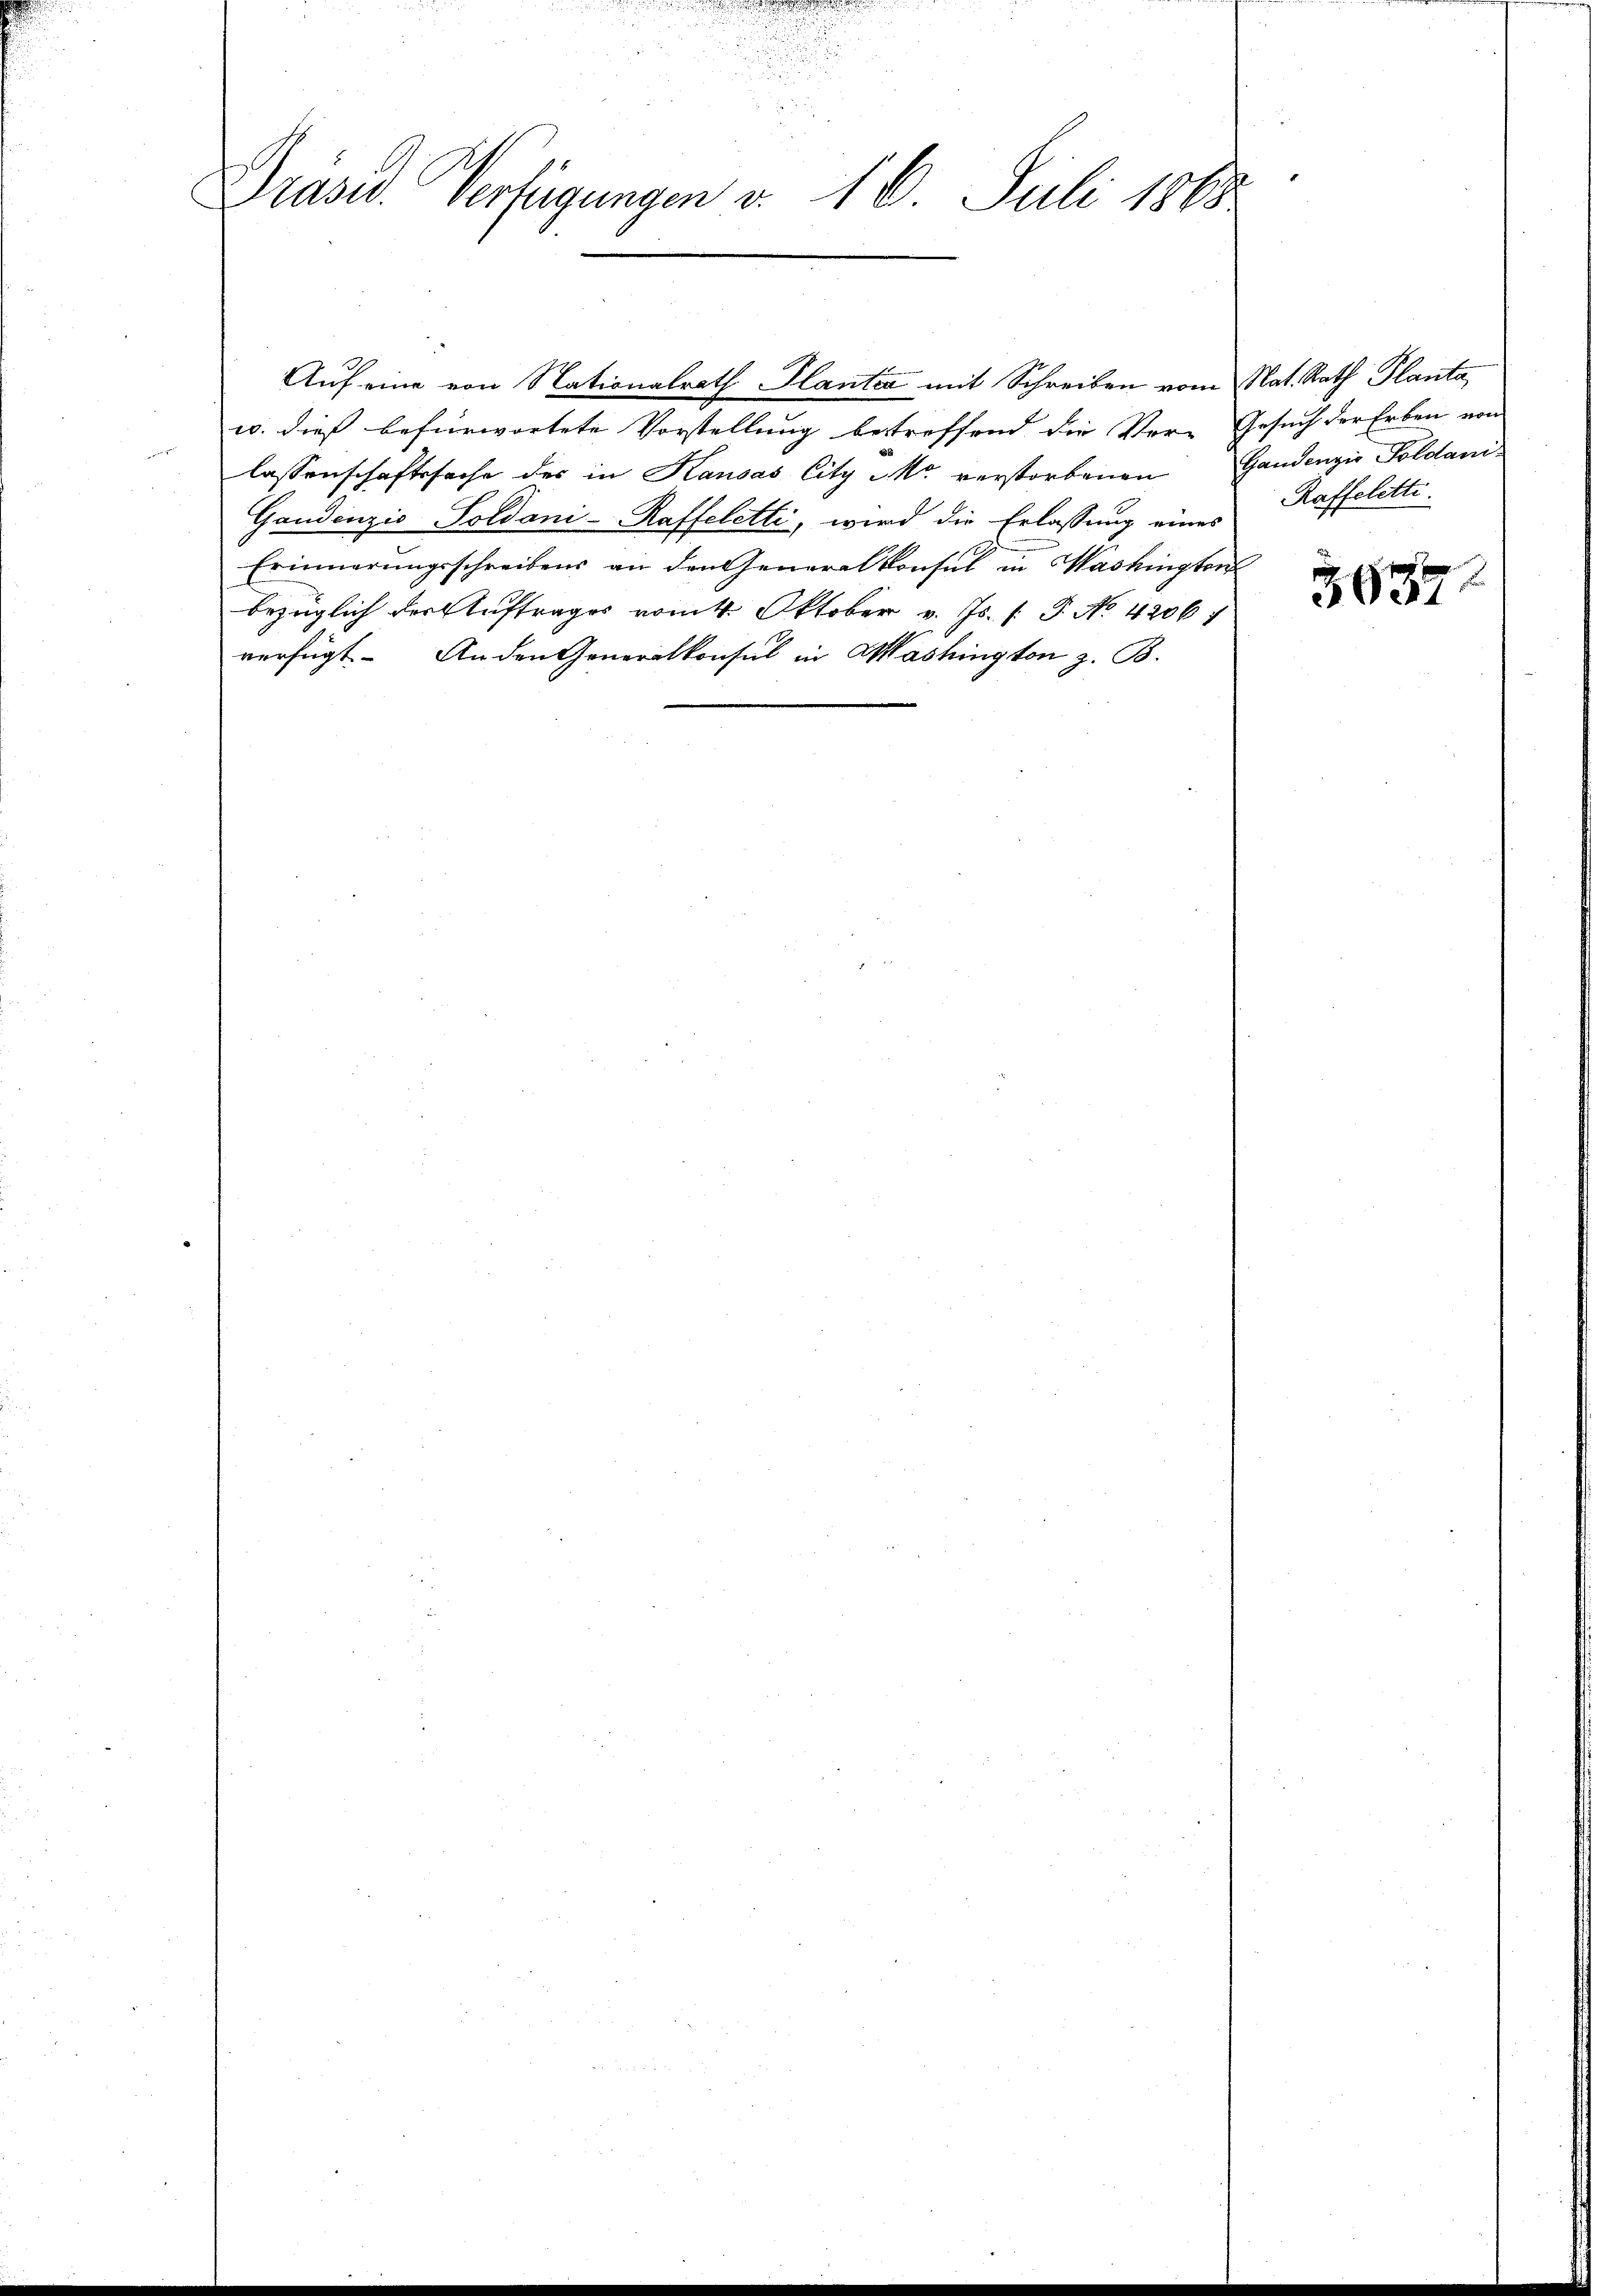
Drasid. Verfügungen v. 16. Juli 1868

w. dieß befürwortete Vorstellung betreffend die Ver-Gesuch der Erben von
lassenschaftssache des in Kausas City Mo verstorbenen Gandenzio Poldani¬
Gandenzis-Soldani-Raffeletti, wird die Erlassung eines
Erinnerungsschreibens an den Generalkonsul in Washingten
bezüglich der Auftrages vom 4. Oktober v. Js. (T. No 42067
verfügt. An den Generalkonsul in Mashington z. B.

Auf eine von Nationalrath Plantia mit Schreiben vom Nat. Rath Planta,

Raffelitte.

3687.